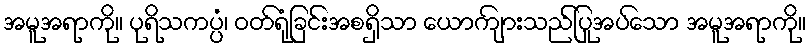
အမူအရာကို။ ပုရိသကပ္ပံ၊ ဝတ်ရုံခြင်းအစရှိသာ ယောကျ်ားသည်ပြုအပ်သော အမူအရာကို။